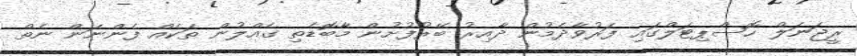
ރީޖަނަލް ހޮސްޕިޓަލްގައި ފަރުވާދެމުން ދާއިރު ބޭރުފުށުން މާބޮޑެތި ގެއްލުން ތަކެއް ފެންނަން ނެތް